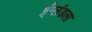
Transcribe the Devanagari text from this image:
ईंग्लंडला